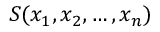
S ( x _ { 1 } , x _ { 2 } , \ldots , x _ { n } )